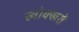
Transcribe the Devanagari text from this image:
खोक्खरों